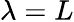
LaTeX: \lambda=L